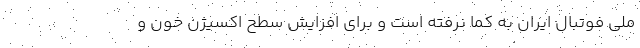
ملی فوتبال ایران به کما نرفته است و برای افزایش سطح اکسیژن خون و